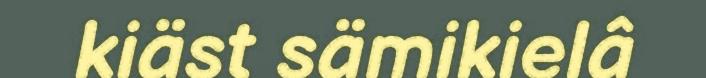
kiäst sämikielâ